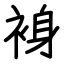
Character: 裑